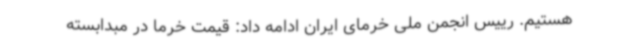
هستیم. رییس انجمن ملی خرمای ایران ادامه داد: قیمت خرما در مبدابسته